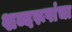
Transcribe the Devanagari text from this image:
शब्दरूपांचा